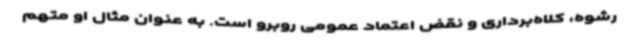
رشوه، کلاه‌برداری و نقض اعتماد عمومی روبرو است. به عنوان مثال او متهم